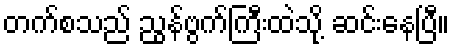
တက်စသည် ညွန်ဗွက်ကြီးထဲသို့ ဆင်းနေပြီ။